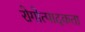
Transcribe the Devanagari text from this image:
रोगोत्पादकता